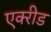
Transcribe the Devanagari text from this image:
एक्‍रीड